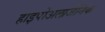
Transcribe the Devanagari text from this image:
हाइपोअलार्जेनिक